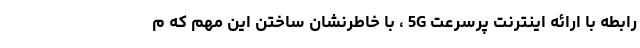
رابطه با ارائه اینترنت پرسرعت 5G ، با خاطرنشان ساختن اين مهم كه م